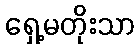
ရှေ့မတိုးသာ